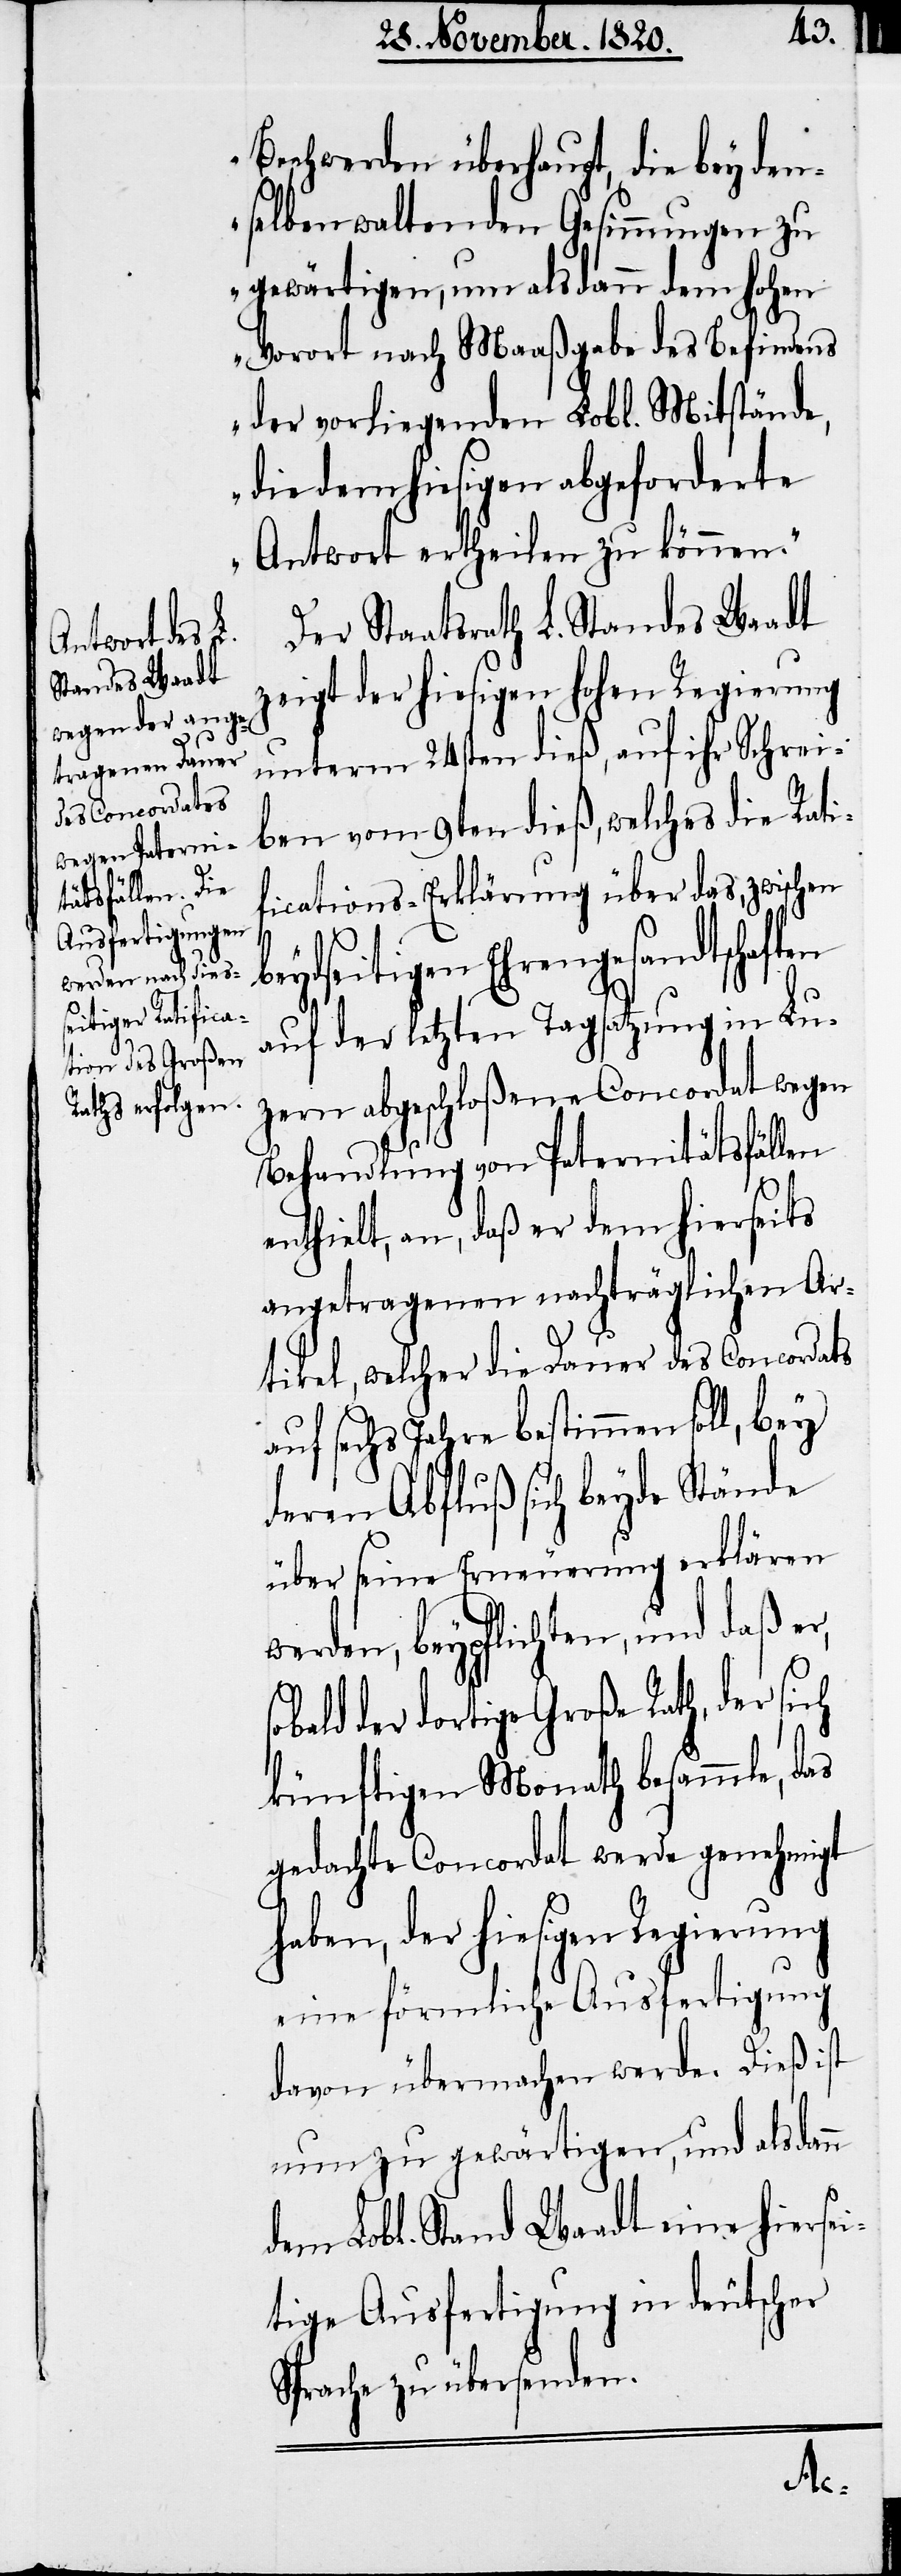
Ausfertigung

Beschwerden überhaupt, die bey den¬
selben waltenden Gesinnungen zu
gewärtigen, um alsdann dem hohen
Vorort nach Maaßgabe des Befindens
der vorliegenden Lobl. Mitstände,
die dem hiesigen abgeforderte
Antwort ertheilen zu können.“
Der Staatsrath L. Standes Waadt
zeigt der hiesigen hohen Regierung
unterm 24sten dieß, auf ihr Schrei¬
ben vom 9ten dieß, welches die Rati¬
fications-Erklärung über das, zwischen
beydseitigen Ehrengesandtschaften
auf der letzten Tagsatzung in Lu¬
zern abgeschloßene Concordat wegen
Behandlung von Paternitätsfällen
enthielt, an, daß er dem hierseits
angetragenen nachträglichen Ar¬
tikel, welcher die Dauer des Concordats
auf sechs Jahre bestimmen soll, bey
deren Abfluß sich beyde Stände
über seine Erneuerung erklären
werden, beypflichten, und daß e¬
bald der dortige Große Rath, der sich
künftigen Monath besammle, das
gedachte Concordat werde genehmigt
davon übermachen werde. Dieß ist
nun zu gewärtigen, und als dann
dem Lobl. Stand Waadt eine hiersei¬
tige Ausfertigung in deutscher
Sprache zu übersenden.
igen